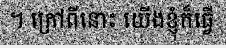
។ ក្រៅពីនោះ យើងខ្ញុំក៏ធ្វើ